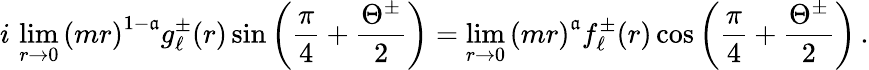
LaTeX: i\, \operatorname*{lim}_{r\rightarrow0}\left(mr\right)^{1-\mathfrak{a}}g_{\ell}^{\pm}(r)\sin\left(\frac{{\pi}}{{4}}+\frac{{\Theta^{\pm}}}{{2}}\right)=\operatorname*{lim}_{r\rightarrow0}\left(mr\right)^{\mathfrak{a}}f_{\ell}^{\pm}(r)\cos\left(\frac{{\pi}}{{4}}+\frac{{\Theta^{\pm}}}{{2}}\right)\, .